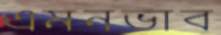
এমনভাব